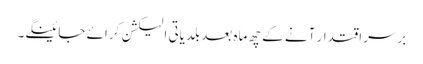
برسراقتدار آنے کے چھ ماہ بعد بلدیاتی الیکشن کرائے جائینگے۔